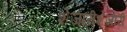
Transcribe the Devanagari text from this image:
शेजारीशेजारी